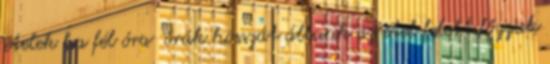
ételek ha fél óra órák hosszát állunk az étel felett,főzzuk